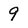
Character: 9